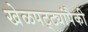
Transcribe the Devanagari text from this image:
खेळपट्ट्यांपैकी